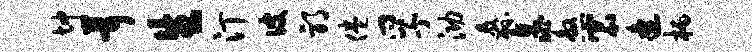
坤茸生汀彼邪倦孚泐纛晁煞宸逄柄